Vaccination in Bombay 1874-1876 - 1874-1876
Year: 1874
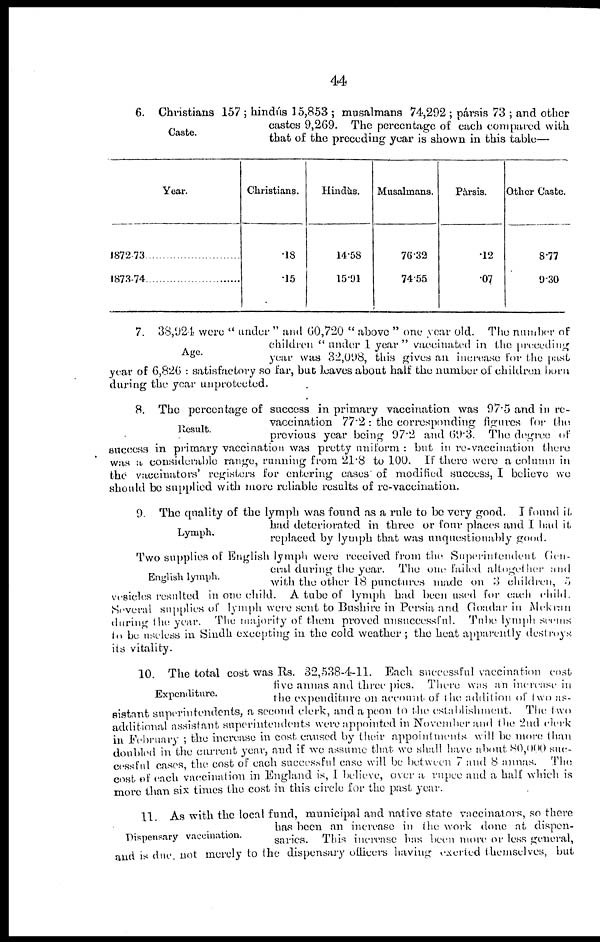
44
Caste.
6. Christians 157 ; hindús 15,853 ; musalmans 74,292 ; pársis 73 ; and other
castes 9,269. The percentage of each compared with
that of the preceding year is shown in this table—
Year.
1872-73
1873-74
Christians.
.18
.15
Hindús.
14.58
15.91
Musalmans.
76.32
74.55
Pársis.
.12
.07
Other Caste.
8.77
9.30
Age.
7. 38,924 were " under " and 60,720 " above " one year old. The number of
children "under 1 year" vaccinated in the preceding
year was 32,098, this gives an increase for the past
year of 6,826 : satisfactory so far, but leaves about half the number of children born
during the year unprotected.
Result.
8. The percentage of success in primary vaccination was 97.5 and in re-
vaccination 77.2 : the corresponding figures for the
previous year being 97.2 and 69.3. The degree of
success in primary vaccination was pretty uniform : but in re-vaccination there
was a considerable range, running from 21.8 to 100. If there were a column in
the vaccinators' registers for entering cases of modified success, I believe we
should be supplied with more reliable results of re-vaccination.
Lymph.
9. The quality of the lymph was found as a rule to be very good. I found it
had deteriorated in three or four places and I had it
replaced by lymph that was unquestionably good.
English lymph.
Two supplies of English lymph were received from the Superintendent Gen-
eral during the year. The one failed altogether and
with the other 18 punctures made on 3 children, 5
vesicles resulted in one child. A tube of lymph had been used for each child.
Several supplies of lymph were sent to Bushire in Persia and Goadar in Mekran
during the year. The majority of them proved unsuccessful.
Tube lymph seems
to be useless in Sindh excepting in the cold weather ; the heat apparently destroys
its vitality.
Expenditure.
10. The total cost was Rs. 32,538-4-11. Each successful vaccination cost
five annas and three pies. There was an increase in
the expenditure on account of the addition of two as-
sistant superintendents, a second clerk, and a peon to the establishment. The; two
additional assistant superintendents were appointed in November and the 2nd clerk
in February ; the increase in cost caused by their appointments will be more than
doubled in the current year, and if we assume that we shall have about 80,000. suc-
cessful cases the cost of each successful case will be between 7 and 8 annas.
The
cost of each vaccination in England is, I believe, over a rupee and a half which is
more than six times the cost in this circle for the past year.
Dispensary vaccination.
11. As with the local fund, municipal and native state vaccinators, so there
has been an increase in the work done at dispen-
saries. This increase has been more or less general,
and is due, not merely to the dispensary officers having exerted themselves, but